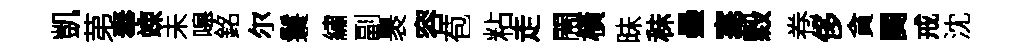
凱苐奉竦未嗥銘尔鬟繡副褁容苞粘走閙橫昧秣壘塞穀卷侈貪闋戒沈